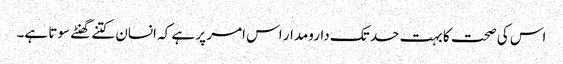
اس کی صحت کا بہت حد تک دارومدار اس امر پر ہے کہ انسان کتنے گھنٹے سوتا ہے۔